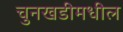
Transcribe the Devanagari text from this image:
चुनखडीमधील